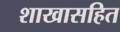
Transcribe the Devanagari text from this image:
शाखासहित